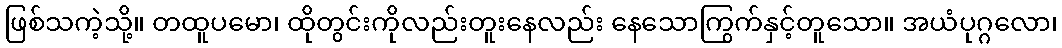
ဖြစ်သကဲ့သို့။ တထူပမော၊ ထိုတွင်းကိုလည်းတူးနေလည်း နေသောကြွက်နှင့်တူသော။ အယံပုဂ္ဂလော၊